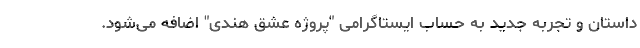
داستان و تجربه جدید به حساب ایستاگرامی "پروژه عشق هندی" اضافه ‌می‌شود.